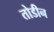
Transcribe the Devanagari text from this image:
तोडीन